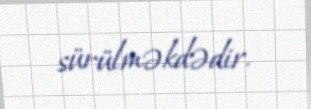
sürülməkdədir.